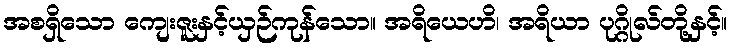
အစရှိသော ကျေးဇူးနှင့်ယှဉ်ကုန်သော။ အရိယေဟိ၊ အရိယာ ပုဂ္ဂိုလ်တို့နှင့်။